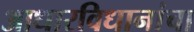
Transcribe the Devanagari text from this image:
आधारविधानांचा